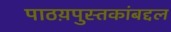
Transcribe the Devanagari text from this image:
पाठय़पुस्तकांबद्दल